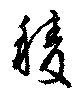
稜